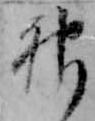
神